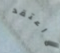
لااعتقد